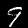
Digit: 9